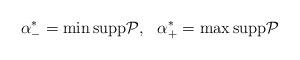
LaTeX: \begin{align*}\begin{aligned}&\alpha_-^*=\min\mathrm{supp}\mathcal P,&&\alpha_+^*=\max\mathrm{supp}\mathcal P\end{aligned}\end{align*}